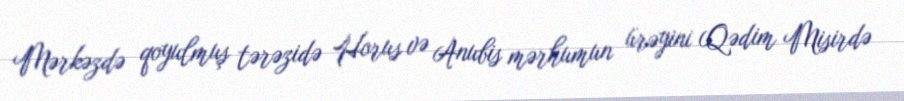
Mərkəzdə qoyulmuş tərəzidə Horus və Anubis mərhumun ürəyini (Qədim Misirdə